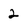
Character: 2